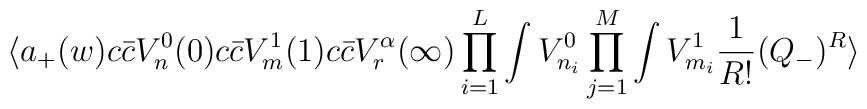
\langle a_+(w) c{\bar c}V_{n}^0(0) c{\bar c}V_{m}^1(1)c{\bar c}V_{r}^\alpha(\infty)\prod_{i=1}^{L} \int V_{n_i}^0\prod_{j=1}^{M} \int V_{m_i}^1 {1\over{R!}} (Q_-)^R\rangle